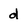
Character: d